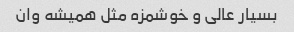
بسیار عالی و خوشمزه مثل همیشه وان